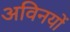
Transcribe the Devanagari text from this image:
अविनयों